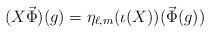
LaTeX: \begin{align*} (X\vec\Phi)(g)=\eta_{\ell,m}(\iota(X))(\vec\Phi(g)) \end{align*}